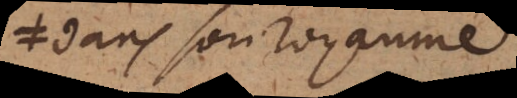
dans son royaume;